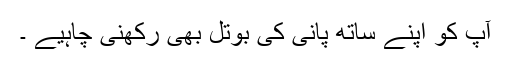
آپ کو اپنے ساتھ پانی کی بوتل بھی رکھنی چاہیے ۔